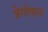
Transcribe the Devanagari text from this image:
त्रेगोपान